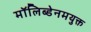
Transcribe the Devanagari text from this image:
मॉलिब्डेनमयुक्त